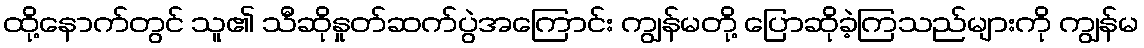
ထို့နောက်တွင် သူ၏ သီဆိုနှုတ်ဆက်ပွဲအကြောင်း ကျွန်မတို့ ပြောဆိုခဲ့ကြသည်များကို ကျွန်မ